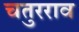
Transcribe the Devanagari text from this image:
चतुरराव